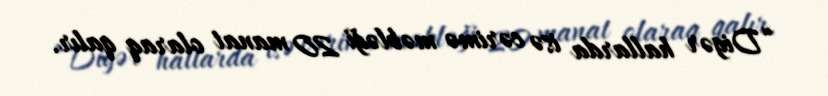
“Digər hallarda isə cərimə məbləği 20 manat olaraq qalır.